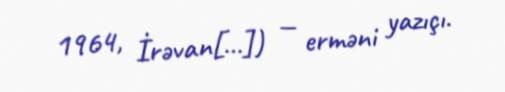
1964, İrəvan[…]) — erməni yazıçı.